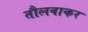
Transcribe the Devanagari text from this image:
तौलवाकर